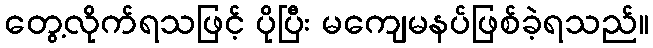
တွေ့လိုက်ရသဖြင့် ပိုပြီး မကျေမနပ်ဖြစ်ခဲ့ရသည်။